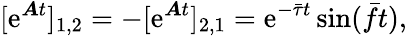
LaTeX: [\mathrm{e}^{\boldsymbol{A}t}]_{1,2}=-[\mathrm{e}^{\boldsymbol{A}t}]_{2,1}=\mathrm{e}^{-\bar{\tau}t}\sin(\bar{f}t),